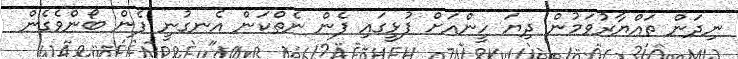
ނިދަން ތައްޔާރުވަމުން ދިޔަ ހީންއަށް ފުޅީގައި ފެން ނެތްކަން އެނގުނީ ފެން ބޯންވެގެން